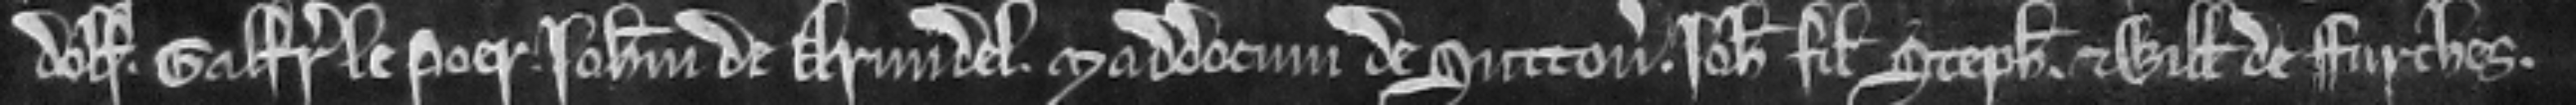
Dolf. Galfridum le Poer. Johannem de Arundel. Maddocum de Sutton. Johannem filium Stephani et Willelmum de Furches.